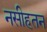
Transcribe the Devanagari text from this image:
नसीहतन